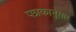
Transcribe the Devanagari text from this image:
पत्रकानुसार